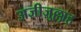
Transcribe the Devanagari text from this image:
अज़ीज़ुल्लाह